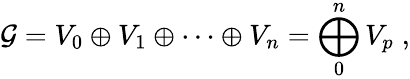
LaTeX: {\mathcal G}=V_{0}\oplus V_{1}\oplus\cdots\oplus V_{n}=\bigoplus_{0}^{n}V_{p}\; ,